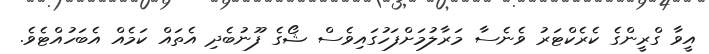
އީވާ ގްރީންގެ ކެރެކްޓަރު ވެނެސާ މަރާލުމަށްފަހުގައިވެސް ޝޯގެ ފޫނުބެދި އެތައް ކަމެއް އެބަހުއްޓެވެ.